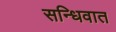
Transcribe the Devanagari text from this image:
सन्धिवात